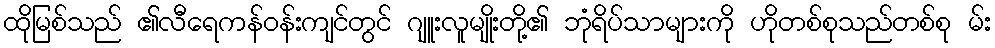
ထိုမြစ်သည် ၏လီရေကန်ဝန်းကျင်တွင် ဂျူးလူမျိုးတို့၏ ဘုံရိပ်သာများကို ဟိုတစ်စုသည်တစ်စု မ်း